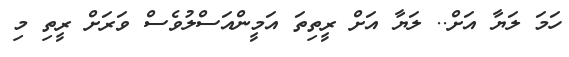
ހަމަ ލަޔާ އަށް.. ލަޔާ އަށް ރީތިތަ އަމީންއަސްލުވެސް ވަރަށް ރީތި މި